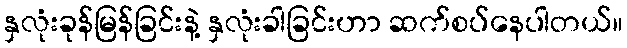
နှလုံးခုန်မြန်ခြင်းနဲ့ နှလုံးခါခြင်းဟာ ဆက်စပ်နေပါတယ်။